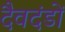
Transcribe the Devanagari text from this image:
दैवदंडों